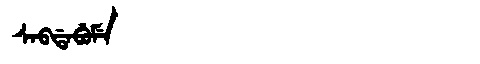
Manchu: ᠰᠠᠪᡩᠠᠪᡠᠮᡝ
Romanization: SABDABUME